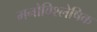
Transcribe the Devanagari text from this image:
मनोविश्लेषिक